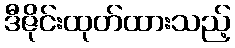
ဒီဇိုင်းထုတ်ထားသည့်